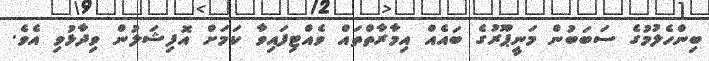
ބިންހެލުމުގެ ސަބަބުން މަނީޕޫރުގެ ބައެއް އިމާރާތްތައް ވެއްޓިފައިވާ ކަމަށް އޮފިޝަލުން ވިދާޅުވި އެވެ.